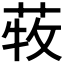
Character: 𦱒